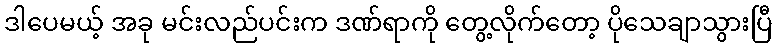
ဒါပေမယ့် အခု မင်းလည်ပင်းက ဒဏ်ရာကို တွေ့လိုက်တော့ ပိုသေချာသွားပြီ